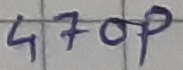
Text: 470p